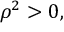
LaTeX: \rho ^ { 2 } > 0 ,